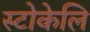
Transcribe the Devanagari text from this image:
स्टोकेलि